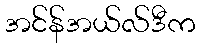
အင်န်အယ်လ်ဒီက